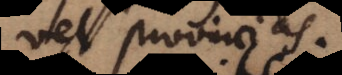
vel provincias.